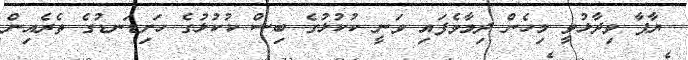
ޔާޕާ ވިދާޅުވީ މިހެން ދިމާވެފައި ވަނީ ކުކުޅުގެ ބިސް ކުކުޅުގެ ހަށިޑަނޑުގެ ތެރެއިން